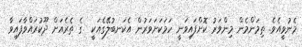
މެނުވީއެވެ. ތިމަންމެން މިންވަރު ކޮށްފައިވަނީ ހަމަކަށަވަރުން އެކަނބުލޭގެއަކީ  ގެ ތެރެއަށް ދޫކުރައްވާފައިވާ